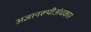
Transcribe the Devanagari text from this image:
अज्ञानरूपीअंधकार